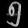
Digit: ၅